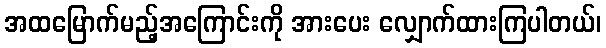
အထမြောက်မည့်အကြောင်းကို အားပေး လျှောက်ထားကြပါတယ်၊